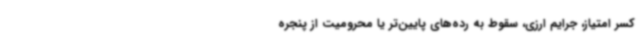
کسر امتیاز، جرایم ارزی، سقوط به رده‌های پایین‌تر یا محرومیت از پنجره